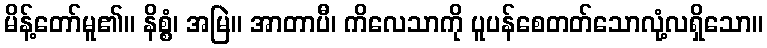
မိန့်တော်မူ၏။ နိစ္စံ၊ အမြဲ။ အာတာပီ၊ ကိလေသာကို ပူပန်စေတတ်သောလုံ့လရှိသော။